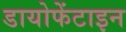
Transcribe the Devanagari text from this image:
डायोफेंटाइन